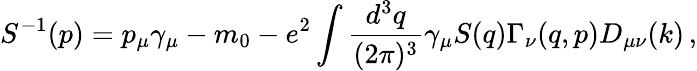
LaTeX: S^{-1}(p)=p_{\mu}\gamma_{\mu}-m_{0}-e^{2}\int{\frac{d^{3}q}{(2\pi)^{3}}}\gamma_{\mu}S(q)\Gamma_{\nu}(q,p)D_{\mu\nu}(k)\, ,